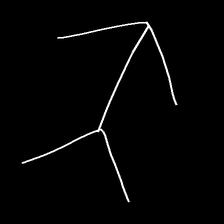
Glyph: gather